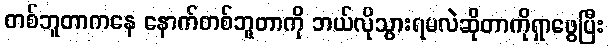
တစ်ဘူတာကနေ နောက်တစ်ဘူတာကို ဘယ်လိုသွားရမလဲဆိုတာကိုရှာဖွေပြီး